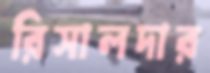
রিসালদার